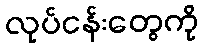
လုပ်ငန်းတွေကို